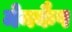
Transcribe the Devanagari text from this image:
मेनकैप